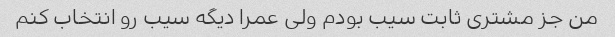
من جز مشتری ثابت سیب بودم ولی عمرا دیگه سیب رو انتخاب کنم